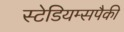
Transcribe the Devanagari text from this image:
स्टेडियम्सपैकी